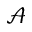
\mathcal { A }